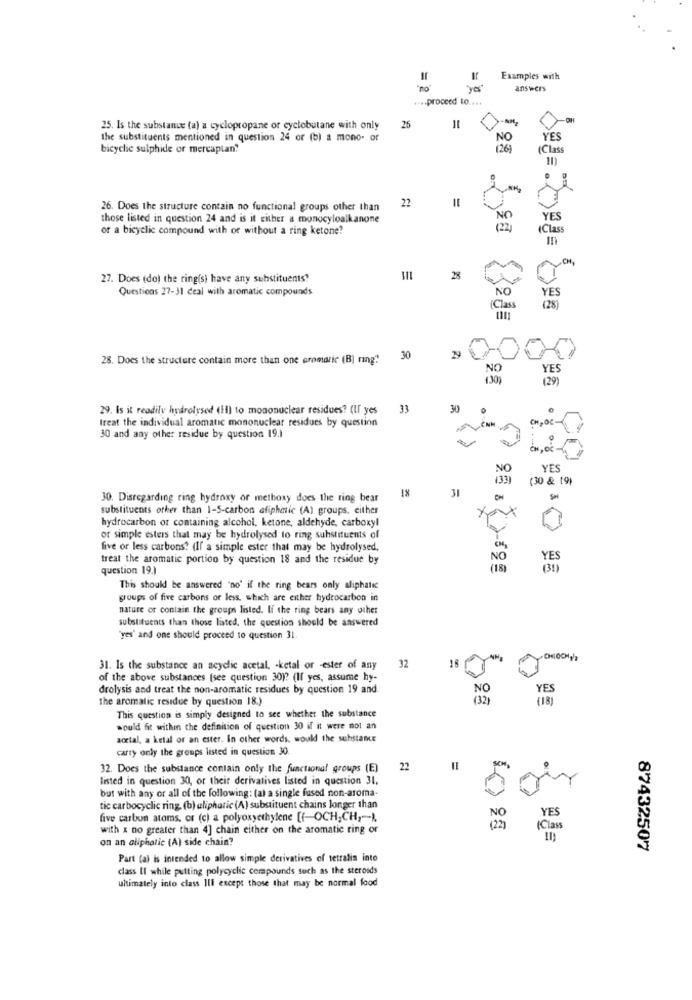
Examples with
= "
"yes"
answers
.... proceed to ....
OH
25. Is the substance (a) a cyclopropane or cyclobutane with only
26
<
the substituents mentioned in question 24 or (b) a mono- or
NO
YES
bicyclic sulphide or mercaplan?
126 )
(Class
22
26. Does the structure contain no functional groups other than
those listed in question 24 and is it either a monocyloalkanone
YES
or a bicyclic compound with or without a ring ketone?
(22)
IClass
CH,
27. Does (do) the ring(s) have any substituents"
28
Questions 27-31 deal with aromatic compounds
NO
YES
(Class
28. Does the structure contain more than one aromatic (B] ring"
30
NO
YES
(29)
29. Is it readily hydrolysed (il) to mononuclear residues? (If yes
33
Ireat the individual aromatic mononuclear residues by question
CNH
CHPOC
30 and any other residue by question 19.)
NO
YES
133)
(30 & 19)
31
30. Disregarding ring hydroxy of methoxy does the ring bear
18
CH
Sal
substituents orker than 1-5-carbon aliphatic (A) groups, either
hydrocarbon or containing alcohol, ketone, aldehyde, carboxyl
or simple esters that may be hydrolysed to ring substituents of
five or less carbons? (If a simple ester that may be hydrolysed,
treat the aromatic portion by question 18 and the residue by
NO
YES
question 19.]
(31)
This should be answered 'no' if the ring bears only aliphatic
groups of five carbons or less, which are either hydrocarbon in
nature or contain the groups listed. If the ring bears any other
substituents than those listed, the question should be answered
'yes' and one should proceed to question 31
18
31. Is the substance an acyclic acetal, - ketal or -ester of any
32
of the above substances (see question 30)? (If yes, assume hy-
drolysis and treat the non-aromatic residues by question 19 and
NO
the aromatic residue by question 18.)
(32
This question is simply designed to see whether the substance
would fit within the definition of question 30 if it were not an
acetal, a ketal or an ester. In other words, would the sehstame
carry only the groups listed in question 30.
32. Does the substance contain only the functional groups (E)
22
listed in question 30, or their derivatives listed in question 31.
but with any or all of the following: (a) a single fused non-aroma-
tic carbocyclic ring. (b) aliphatic (A) substituent chains longer than
YES
five carbon atoms, or (c) a polyoxyethylene [f-OCH,CH ,- ).
with x no greater than 4] chain either on the aromatic ring or
(Class
on an aliphatic (A) side chain?
87432507
Part (a) is intended to allow simple derivatives of tetralis into
class Il while putting polycyclic compounds such as the steroids
ultimately into class Ill except those that may be normal food